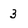
Character: 3